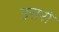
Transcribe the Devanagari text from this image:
उत्तरो